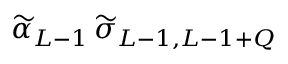
\widetilde \alpha _ { L - 1 } \, \widetilde \sigma _ { L - 1 , L - 1 + Q }